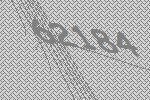
62184